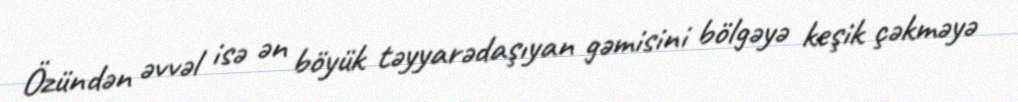
Özündən əvvəl isə ən böyük təyyarədaşıyan gəmisini bölgəyə keşik çəkməyə